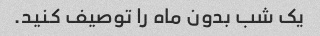
یک شب بدون ماه را توصیف کنید.